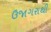
ઉજાગરાથી